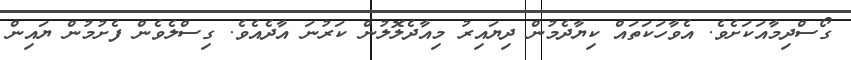
ގޯސްދިމާއަކަށެވެ. އެވާހަކަތައް ކިޔާދެމުން ދިޔައިރު މިއާދެލޮލުން ކަރުނަ އާދެއެވެ. ގިސްލެވެން ފެށުމުން ޔައިން